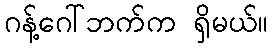
ဂန့်ဂေါ်ဘက်က ရှိမယ်။